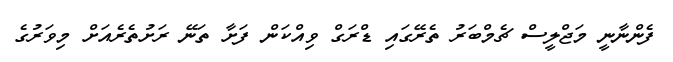
ފެންނާނީ މަޖްލީސް ޗެމްބަރު ތެރޭގައި ޑްރަގް ވިއްކަން ފަށާ ތަނޭ ރަށުތެރެއަށް މިވަރުގެ